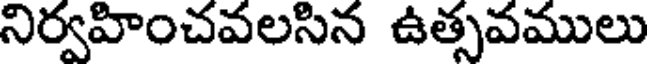
నిర్వహించవలసిన ఉత్సవములు